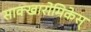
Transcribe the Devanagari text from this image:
साक्खारोमिकेस्